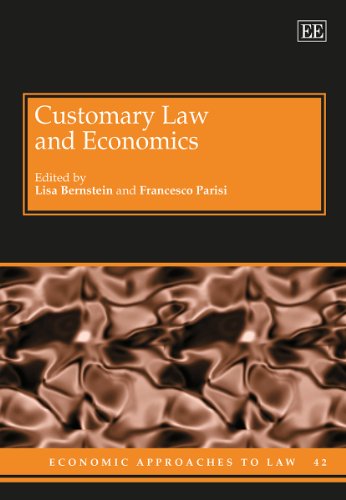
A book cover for Customary Law and Economics (Economic Approaches to Law series, #42); Lisa Bernstein; Law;